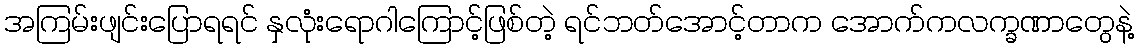
အကြမ်းဖျင်းပြောရရင် နှလုံးရောဂါကြောင့်ဖြစ်တဲ့ ရင်ဘတ်အောင့်တာက အောက်ကလက္ခဏာတွေနဲ့